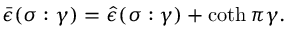
\bar { \epsilon } ( \sigma : \gamma ) = \hat { \epsilon } ( \sigma : \gamma ) + \coth \pi \gamma .